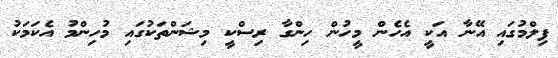
ފިލްމުގައި އޭނާ އަކީ އެހެން މީހުން ހިންގާ ރިސްކީ މިޝަންތަކުގައި މުހިންމު އެކަމަކު